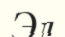
Эл